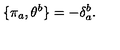
\qquad \{ \pi _ { a } , \theta ^ { b } \} = - \delta _ { a } ^ { b } .